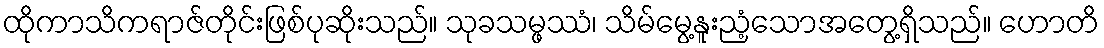
ထိုကာသိကရာဇ်တိုင်းဖြစ်ပုဆိုးသည်။ သုခသမ္ဖဿံ၊ သိမ်မွေ့နူးညံ့သောအတွေ့ရှိသည်။ ဟောတိ